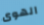
الهوى